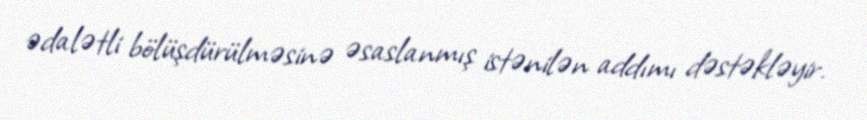
ədalətli bölüşdürülməsinə əsaslanmış istənilən addımı dəstəkləyir.